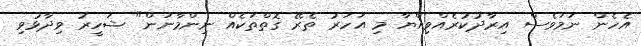
އެހެން ނަމަވެސް އިރާދުކުރެއްވިއްޔާ މި އަހަރު ތެރޭ ގޮތްތަކެއް ނިންމާނަން" ޝަހީރު ވިދާޅުވި